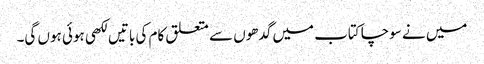
میں نے سوچا کتاب میں گدھوں سے متعلق کام کی باتیں لکھی ہوئی ہوں گی۔